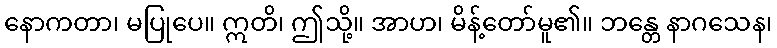
နောကတာ၊ မပြုပေ။ ဣတိ၊ ဤသို့။ အာဟ၊ မိန့်တော်မူ၏။ ဘန္တေ နာဂသေန၊